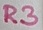
Text: R3